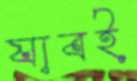
যাবই